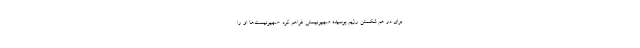
برای در هم شکستن رژیم پوسیده صهیونیستی فراهم کرد. صهیونیست‌ها او را